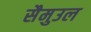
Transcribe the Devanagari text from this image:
सैमुउल